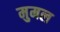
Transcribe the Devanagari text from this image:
मुमल